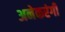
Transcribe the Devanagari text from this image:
अनेकरंगी